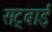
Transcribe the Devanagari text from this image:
सट्बाई